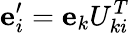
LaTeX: {\mathbf e}_{i}^{\prime}={\mathbf e}_{k}U_{ki}^{T}